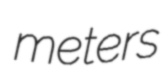
meters